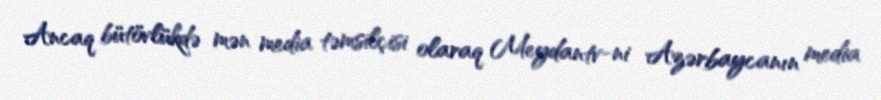
Ancaq bütövlükdə mən media təmsilçisi olaraq Meydantv-ni Azərbaycanın media